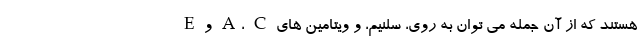
هستند که از آن جمله می توان به روی، سلنیم، و ویتامین های A، C و E